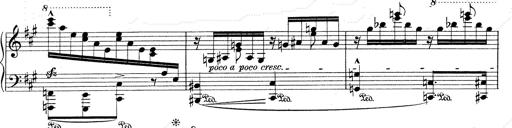
Title: Mephisto Waltz No.1
Composer: Franz Liszt